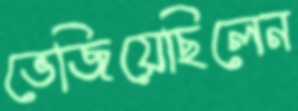
ভেজিয়েছিলেন